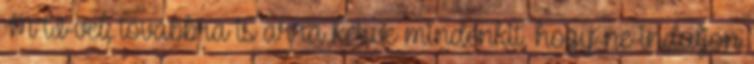
MTI-vel, továbbra is arra kérve mindenkit, hogy ne induljon